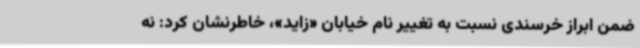
ضمن ابراز خرسندی نسبت به تغییر نام خیابان «زاید»، خاطرنشان کرد: نه